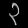
Digit: ၃